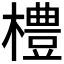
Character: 𪴀